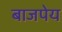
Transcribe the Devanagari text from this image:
बाजपेय